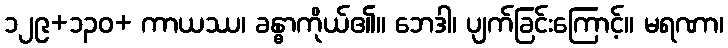
၁၂၉+၁၃၀+ ကာယဿ၊ ခန္ဓာကိုယ်၏။ ဘေဒါ၊ ပျက်ခြင်းကြောင့်။ မရဏာ၊